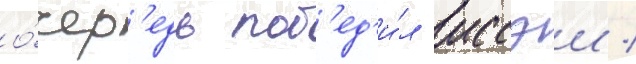
о́чер'едь поб'ед'и́л иссэи /